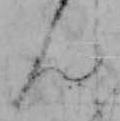
ん